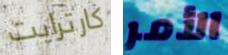
كارترايت الأمر